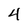
Character: 4